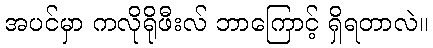
အပင်မှာ ကလိုရိုဖီးလ် ဘာကြောင့် ရှိရတာလဲ။